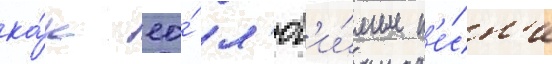
ка́к ео́ л'юб'и́мые п'е́сн'и